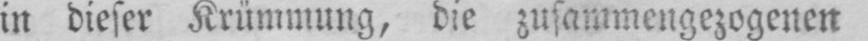
in dieser Krümmung, die zusammengezogenen